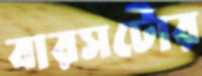
বারসটোর